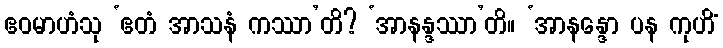
ဧဝမာဟံသု ‘ဧတံ အာသနံ ကဿာ’တိ? ‘အာနန္ဒဿာ’တိ။ ‘အာနန္ဒော ပန ကုဟိံ